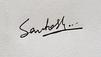
Signature authenticity: genuine